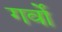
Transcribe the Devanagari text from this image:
गर्वो